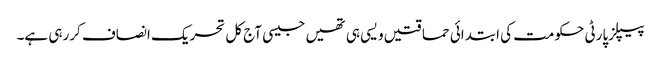
پیپلزپارٹی حکومت کی ابتدائی حماقتیں ویسی ہی تھیں جیسی آج کل تحریک انصاف کررہی ہے۔